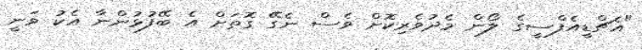
"އެޗްޑީއެފްސީގެ ލޯން މެދުވެރިކޮށް ވެސް ނެގޭ ގޮތަށް އެ ބޭފުޅުންނާ އެކު ވަނީ